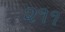
૨૧૧